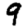
Digit: 9